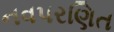
નવપરણિત